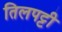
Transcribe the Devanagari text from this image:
तिलपट्टी